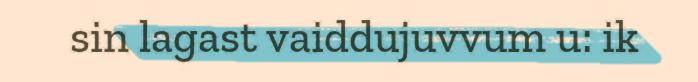
sin lagast vaiddujuvvum u: ik